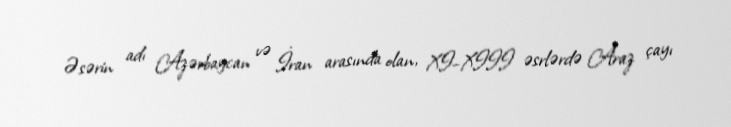
Əsərin adı Azərbaycan və İran arasında olan, XI–XIII əsrlərdə Araz çayı